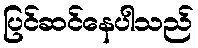
ပြင်ဆင်နေပါသည်